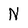
Character: N